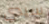
سيدي